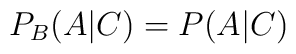
P_B (A | C) = P(A | C)